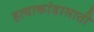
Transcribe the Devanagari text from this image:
हत्याकांडासाठी